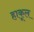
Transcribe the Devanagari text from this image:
हाकूल